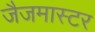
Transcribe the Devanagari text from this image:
जैजमास्टर